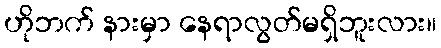
ဟိုဘက် နားမှာ နေရာလွတ်မရှိဘူးလား။